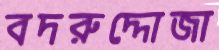
বদরুদ্দোজা